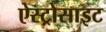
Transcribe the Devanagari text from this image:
ऐस्ट्रोसाइट